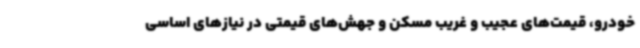
خودرو، قیمت‌های عجیب و غریب مسکن و جهش‌های قیمتی در نیازهای اساسی